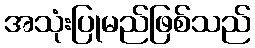
အသုံးပြုမည်ဖြစ်သည်